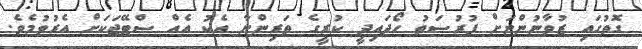
ގޮތުގައި ޒުވާނުންނަށް ފުރުސަތު ހޯދައިދީ ކުރީގެ ތަރިންނާ އެކު އެއް ސްޓޭޖަކަށް އެރުވުމެވެ.